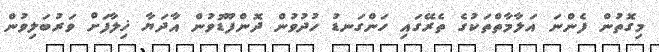
މިގޮތުން ފެންނަ އަލާމާތްތަކުގެ ތެރޭގައި ހަންގަނޑު ހުދުވުން ދޮންފޫޑުވުން އާދަޔާ ޚިލާފަށް ވަރުބަލިވުން